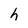
Character: h